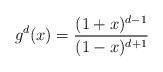
LaTeX: \begin{align*}g^d(x)=\frac{(1+x)^{d-1}}{(1-x)^{d+1}}\end{align*}